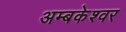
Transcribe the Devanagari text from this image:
अम्बकेश्वर